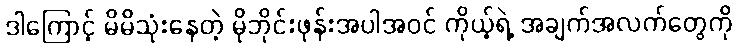
ဒါကြောင့် မိမိသုံးနေတဲ့ မိုဘိုင်းဖုန်းအပါအဝင် ကိုယ့်ရဲ့ အချက်အလက်တွေကို